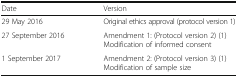
<table><thead><tr><td><b>Date</b></td><td><b>Version</b></td></tr></thead><tbody><tr><td>29 May 2016</td><td>Original ethics approval (protocol version 1)</td></tr><tr><td>27 September 2016</td><td>Amendment 1: (Protocol version 2) (1) Modification of informed consent</td></tr><tr><td>1 September 2017</td><td>Amendment 2: (Protocol version 3) (1) Modification of sample size</td></tr></tbody></table>